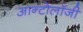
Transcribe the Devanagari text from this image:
आन्टोलॉजी